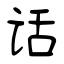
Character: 话